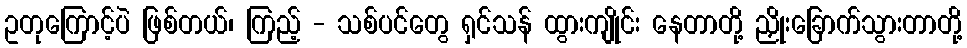
ဥတုကြောင့်ပဲ ဖြစ်တယ်၊ ကြည့် - သစ်ပင်တွေ ရှင်သန် ထွားကျိုင်း နေတာတို့ ညှိုးခြောက်သွားတာတို့